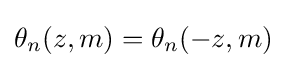
\theta _{n}(z,m)=\theta _{n}(-z,m)